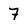
Character: 7